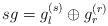
LaTeX: \begin{align*}sg = g^{(s)}_l \oplus g_r ^{(r)}\end{align*}